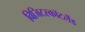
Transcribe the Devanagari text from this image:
विजिटस्कॉटलैंड